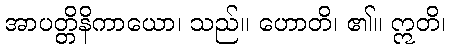
အာပတ္တိနိကာယော၊ သည်။ ဟောတိ၊ ၏။ ဣတိ၊